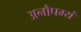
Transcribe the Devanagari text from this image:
अनौपम्यं